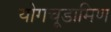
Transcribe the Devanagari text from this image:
योगचूडामिण